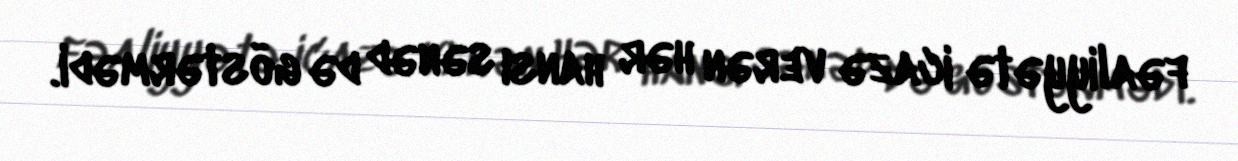
fəaliyyətə icazə verən hər hansı sənəd də göstərmədi.